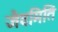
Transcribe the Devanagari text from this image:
जैवमिति